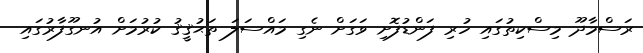
ރަސްމާދޫ މިސްކިތުގައި ހުރި ފަންޑުފޮށި ވަގަށް ނެގި މައްސަލަ ތަޙުޤީޤު ކުރުމަށް އުނގޫފާރުގައި